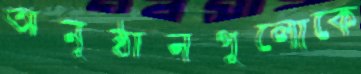
অনুষ্ঠানগুলোকে